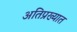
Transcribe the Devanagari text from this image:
अतिप्रख्यात